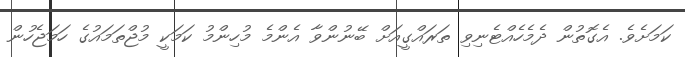
ކަމަށެވެ. އެގޮތުން ދެމެހެއްޓެނިވި ތަރައްގީއަށް ބޭނުންވާ އެންމެ މުހިންމު ކަމަކީ މުޖްތަމައުގެ ހަމަޖެހުން